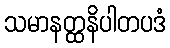
သမာနတ္ထနိပါတပဒံ